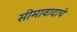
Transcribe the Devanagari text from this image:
सीमावादाचे